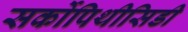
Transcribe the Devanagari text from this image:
सर्कोपिथीसिडी